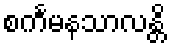
စင်္ကမနသာလန္တိ